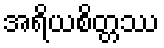
အရိယစိတ္တဿ